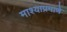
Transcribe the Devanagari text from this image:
माश्याप्रमाणे